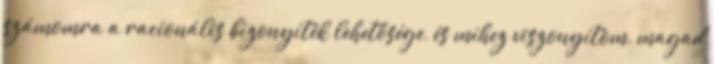
számomra a racionális bizonyíték lehetősége, és mihez viszonyítom, magad